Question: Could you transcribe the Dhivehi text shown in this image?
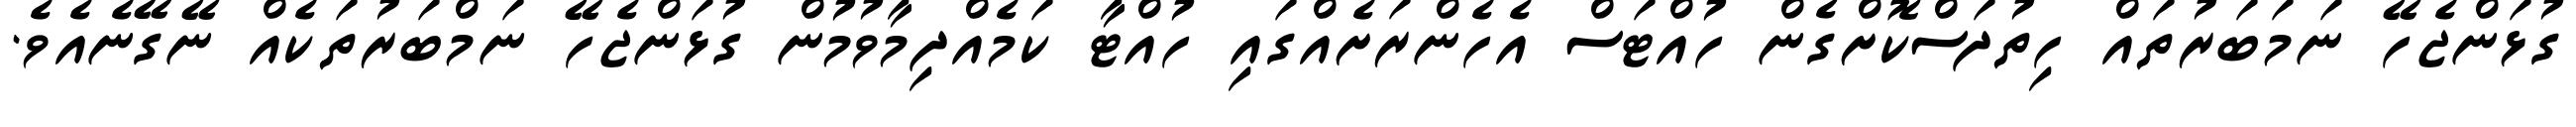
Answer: ގުޅަންޖެހޭ ނަމަބަރުތައް ހިތުދަސްކޮށްގެން ހުއްޓަސް އެހެންރަށެއްގައި ހުއްޓާ ކަމެއްދިމާވުމުން ގުޅަންޖެހޭ ނަމްބަރުތަކެއް ނޭގޭނެއެވެ.